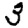
Digit: 3